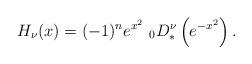
LaTeX: \begin{align*}H_{\nu}(x)=(-1)^ne^{x^2}\ _0D^\nu_*\left(e^{-x^2}\right).\end{align*}